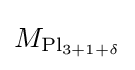
{\textstyle M_{\mathrm {Pl} _{3+1+\delta }}}